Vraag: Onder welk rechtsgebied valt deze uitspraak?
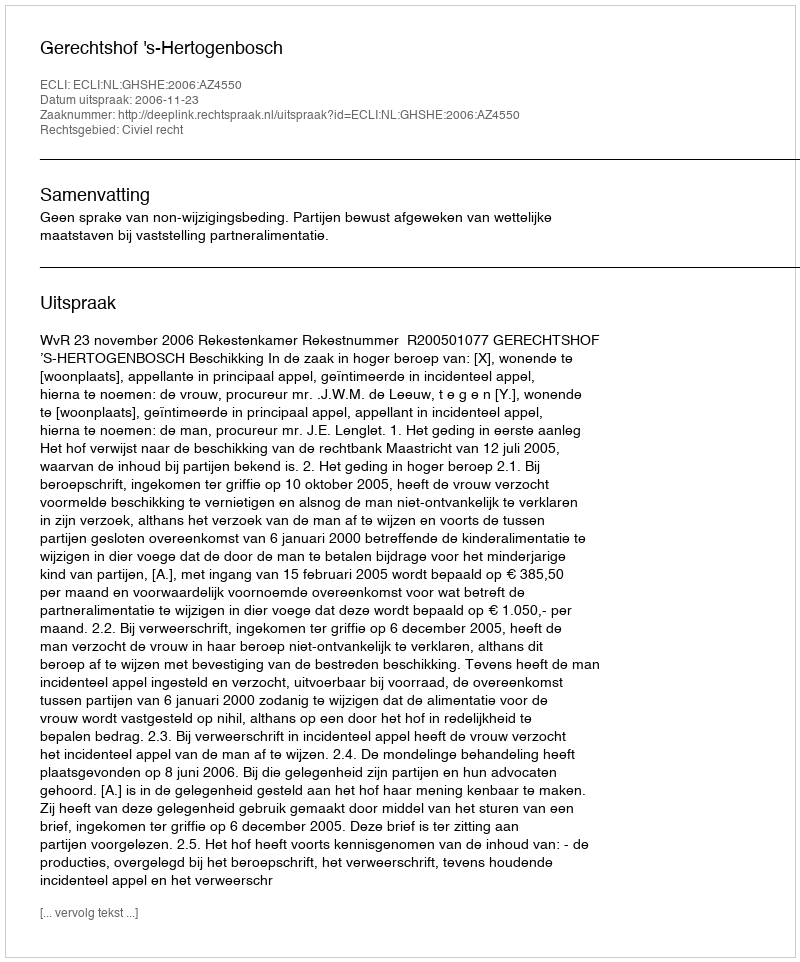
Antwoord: Civiel recht